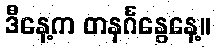
ဒီနေ့က တနင်္ဂနွေနေ့။